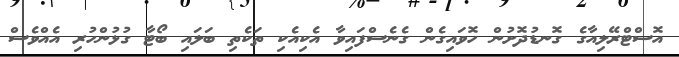
އޮސްޓްރޭލިއާގެ ގޮނޑުދޮށުން ހޮވައިގެން ގެނެސްފައިވާ އެކިއެކި ތަކެތި ބަލައި ބޯޓާ ގުޅުންހުރި އެއްވެސް